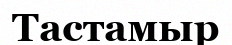
Тастамыр